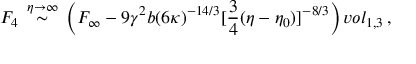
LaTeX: F _ { 4 } \, \stackrel { \eta \rightarrow \infty } { \sim } \, \left( F _ { \infty } - 9 \gamma ^ { 2 } b ( 6 \kappa ) ^ { - 1 4 / 3 } [ \frac { 3 } { 4 } ( \eta - \eta _ { 0 } ) ] ^ { - 8 / 3 } \right) v o l _ { 1 , 3 } \, ,